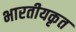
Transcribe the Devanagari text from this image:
भारतीयकृत